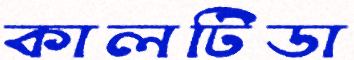
কালটিডা